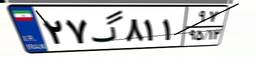
۵۴گ۸۷۰۹۶